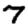
Digit: 7